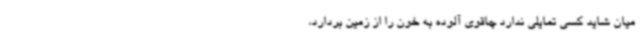
میان شاید کسی تمایلی ندارد چاقوی آلوده به خون را از زمین بردارد،